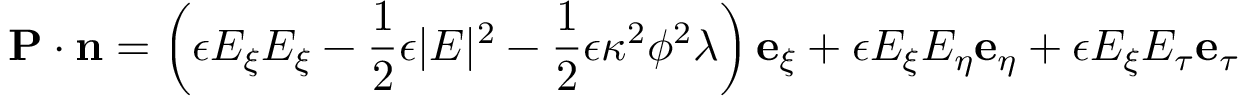
\mathbf { P } \cdot \mathbf { n } = \left( \epsilon E _ { \xi } E _ { \xi } - \frac { 1 } { 2 } \epsilon | E | ^ { 2 } - \frac { 1 } { 2 } \epsilon \kappa ^ { 2 } \phi ^ { 2 } \lambda \right) \mathbf { e } _ { \xi } + \epsilon E _ { \xi } E _ { \eta } \mathbf { e } _ { \eta } + \epsilon E _ { \xi } E _ { \tau } \mathbf { e } _ { \tau }